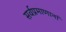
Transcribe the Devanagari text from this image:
सर्वप्रमाणानां